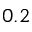
0 . 2